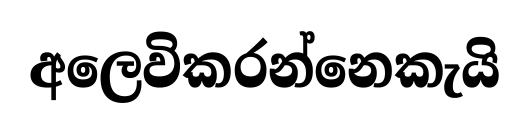
අලෙවිකරන්නෙකැයි